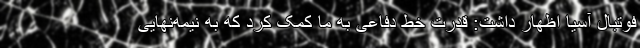
فوتبال آسیا اظهار داشت: قدرت خط دفاعی به ما کمک کرد که به نیمه‌نهایی